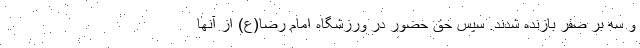
و سه بر صفر بازنده شدند. سپس حق حضور در ورزشگاه امام رضا(ع) از آنها